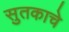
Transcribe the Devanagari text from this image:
सुतकाचे